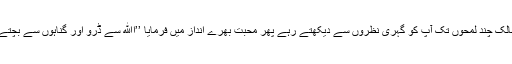
امام مالکؒ چند لمحوں تک آپ کو گہری نظروں سے دیکھتے رہے پھر محبت بھرے انداز میں فرمایا ’’اﷲ سے ڈرو اور گناہوں سے بچتے رہو۔